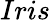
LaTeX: Iris